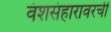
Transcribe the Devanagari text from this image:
वंशसंहारावरची